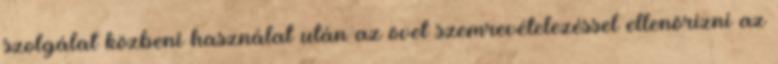
szolgálat közbeni használat után az övet szemrevételezéssel ellenõrizni az